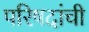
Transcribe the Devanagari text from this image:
परिषदांची